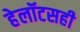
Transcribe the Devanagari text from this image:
हेलॉटसही